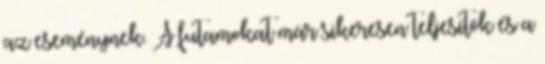
az eseménynek. A futamokat már sikeresen teljesítők és a